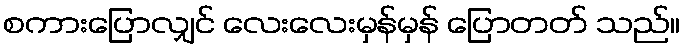
စကားပြောလျှင် လေးလေးမှန်မှန် ပြောတတ် သည်။